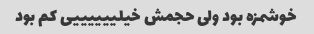
خوشمزه بود ولی حجمش خیلییییییی کم بود